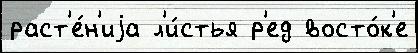
раст'е́н'иjа л'и́стья р'ед восто́к'е